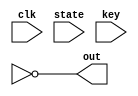
/*
 * Copyright 2012, Homer Hsing <homer.hsing@gmail.com>
 *
 * Licensed under the Apache License, Version 2.0 (the "License");
 * you may not use this file except in compliance with the License.
 * You may obtain a copy of the License at
 *
 * http://www.apache.org/licenses/LICENSE-2.0
 *
 * Unless required by applicable law or agreed to in writing, software
 * distributed under the License is distributed on an "AS IS" BASIS,
 * WITHOUT WARRANTIES OR CONDITIONS OF ANY KIND, either express or implied.
 * See the License for the specific language governing permissions and
 * limitations under the License.
 */

 
// aes_128 : state , key --20d--> out
module aes_128(clk, state, key, out);
    input          clk;
    input  [127:0] state, key;
    output [127:0] out;
    (* keep *)reg [127:0] out_reg;
    assign out = ~out_reg; 
    // this is the way to avoid yosys from optimizing away 
    // all logic related to out, even there is a neg sign
    // the range of out is still arbitrary.

endmodule